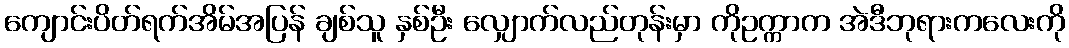
ကျောင်းပိတ်ရက်အိမ်အပြန် ချစ်သူ နှစ်ဦး လျှောက်လည်တုန်းမှာ ကိုဥက္ကာက အဲဒီဘုရားကလေးကို